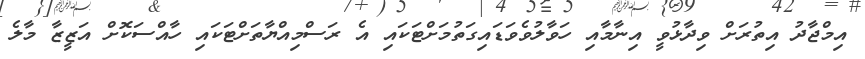
އިމްޖާދު އިތުރަށް ވިދާޅުވީ އިނާމާއި ހަވާލުވެވަޑައިގަތުމަށްޓަކައި އެ ރަސްމިއްޔާތަށްޓަކައި ހާއްސަކޮށް އަޒީޒާ މާލެ